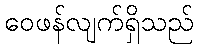
ဝေဖန်လျက်ရှိသည်